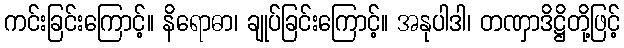
ကင်းခြင်းကြောင့်။ နိရောဓာ၊ ချုပ်ခြင်းကြောင့်။ အနုပါဒါ၊ တဏှာဒိဋ္ဌိတို့ဖြင့်